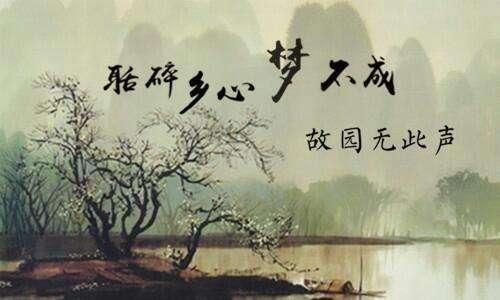
风一更，雪一更，聒碎乡心梦不成，故园无此声。